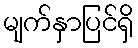
မျက်နှာပြင်ရှိ